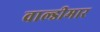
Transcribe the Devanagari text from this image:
वाल्डीमार